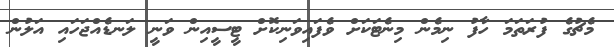
މެޗުގެ ފުރަތަމަ ހާފު ނިމެން މިނެޓަކަށް ވެފައިވަނިކޮށް ޓީސީއިން ވަނީ ލަނޑެއްޖަހައި އަލުން